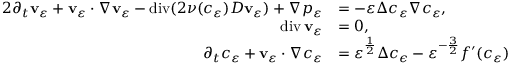
\begin{array} { r l } { { 2 } \partial _ { t } \mathbf { v } _ { \varepsilon } + \mathbf { v } _ { \varepsilon } \cdot \nabla \mathbf { v } _ { \varepsilon } - \operatorname { d i v } ( 2 \nu ( c _ { \varepsilon } ) D \mathbf { v } _ { \varepsilon } ) + \nabla p _ { \varepsilon } } & { = - \varepsilon \Delta c _ { \varepsilon } \nabla c _ { \varepsilon } , } \\ { \operatorname { d i v } \mathbf { v } _ { \varepsilon } } & { = 0 , } \\ { \partial _ { t } c _ { \varepsilon } + \mathbf { v } _ { \varepsilon } \cdot \nabla c _ { \varepsilon } } & { = \varepsilon ^ { \frac { 1 } { 2 } } \Delta c _ { \epsilon } - \varepsilon ^ { - \frac { 3 } { 2 } } f ^ { \prime } ( c _ { \varepsilon } ) } \end{array}